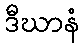
ဒီဃာနံ